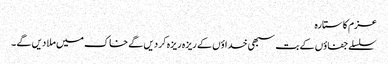
عزم کا ستارہ
سلسلے جفاؤں کے بت سبھی خداؤں کے ریزہ ریزہ کر دیں گے خاک میں ملا دیں گے ۔